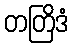
တတြိဒံ